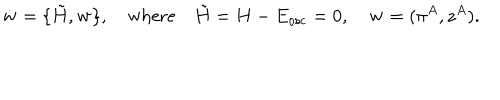
LaTeX: \dot { \bf w } = \{ { \tilde { H } } , { \bf w } \} , \quad \mathrm { w h e r e } \quad { \tilde { H } } = H - E _ { \mathrm { o s c } } = 0 , \quad { \bf w } = ( \pi ^ { A } , z ^ { A } ) .